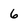
Character: 6